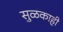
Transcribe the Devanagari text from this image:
सुळकाही